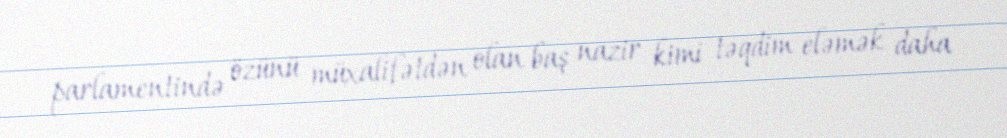
parlamentində özünü müxalifətdən olan baş nazir kimi təqdim eləmək daha